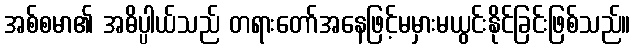
အစ်စမာ၏ အဓိပ္ပါယ်သည် တရားတော်အနေဖြင့်မမှားမယွင်းနိုင်ခြင်းဖြစ်သည်။